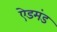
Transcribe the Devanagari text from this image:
ऐडमंड